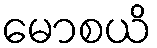
မောစယိ